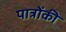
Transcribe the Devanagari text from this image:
पात्रोंकी